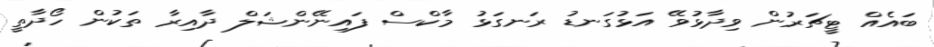
ބައެއް ޓީޗަރުން ވިދާޅުވޭ އަޅުގަނޑު ރަނގަޅު މާކްސް ފައިނޭންޝަލް ދާއިރާ ތަކުން ހޯދާތީ